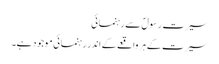
سیرتِ رسولؐ سے رہنمائی
سیرت کے ہر واقعے کے اندر رہنمائی موجود ہے۔